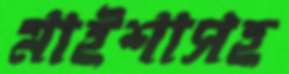
মাইশাসহ